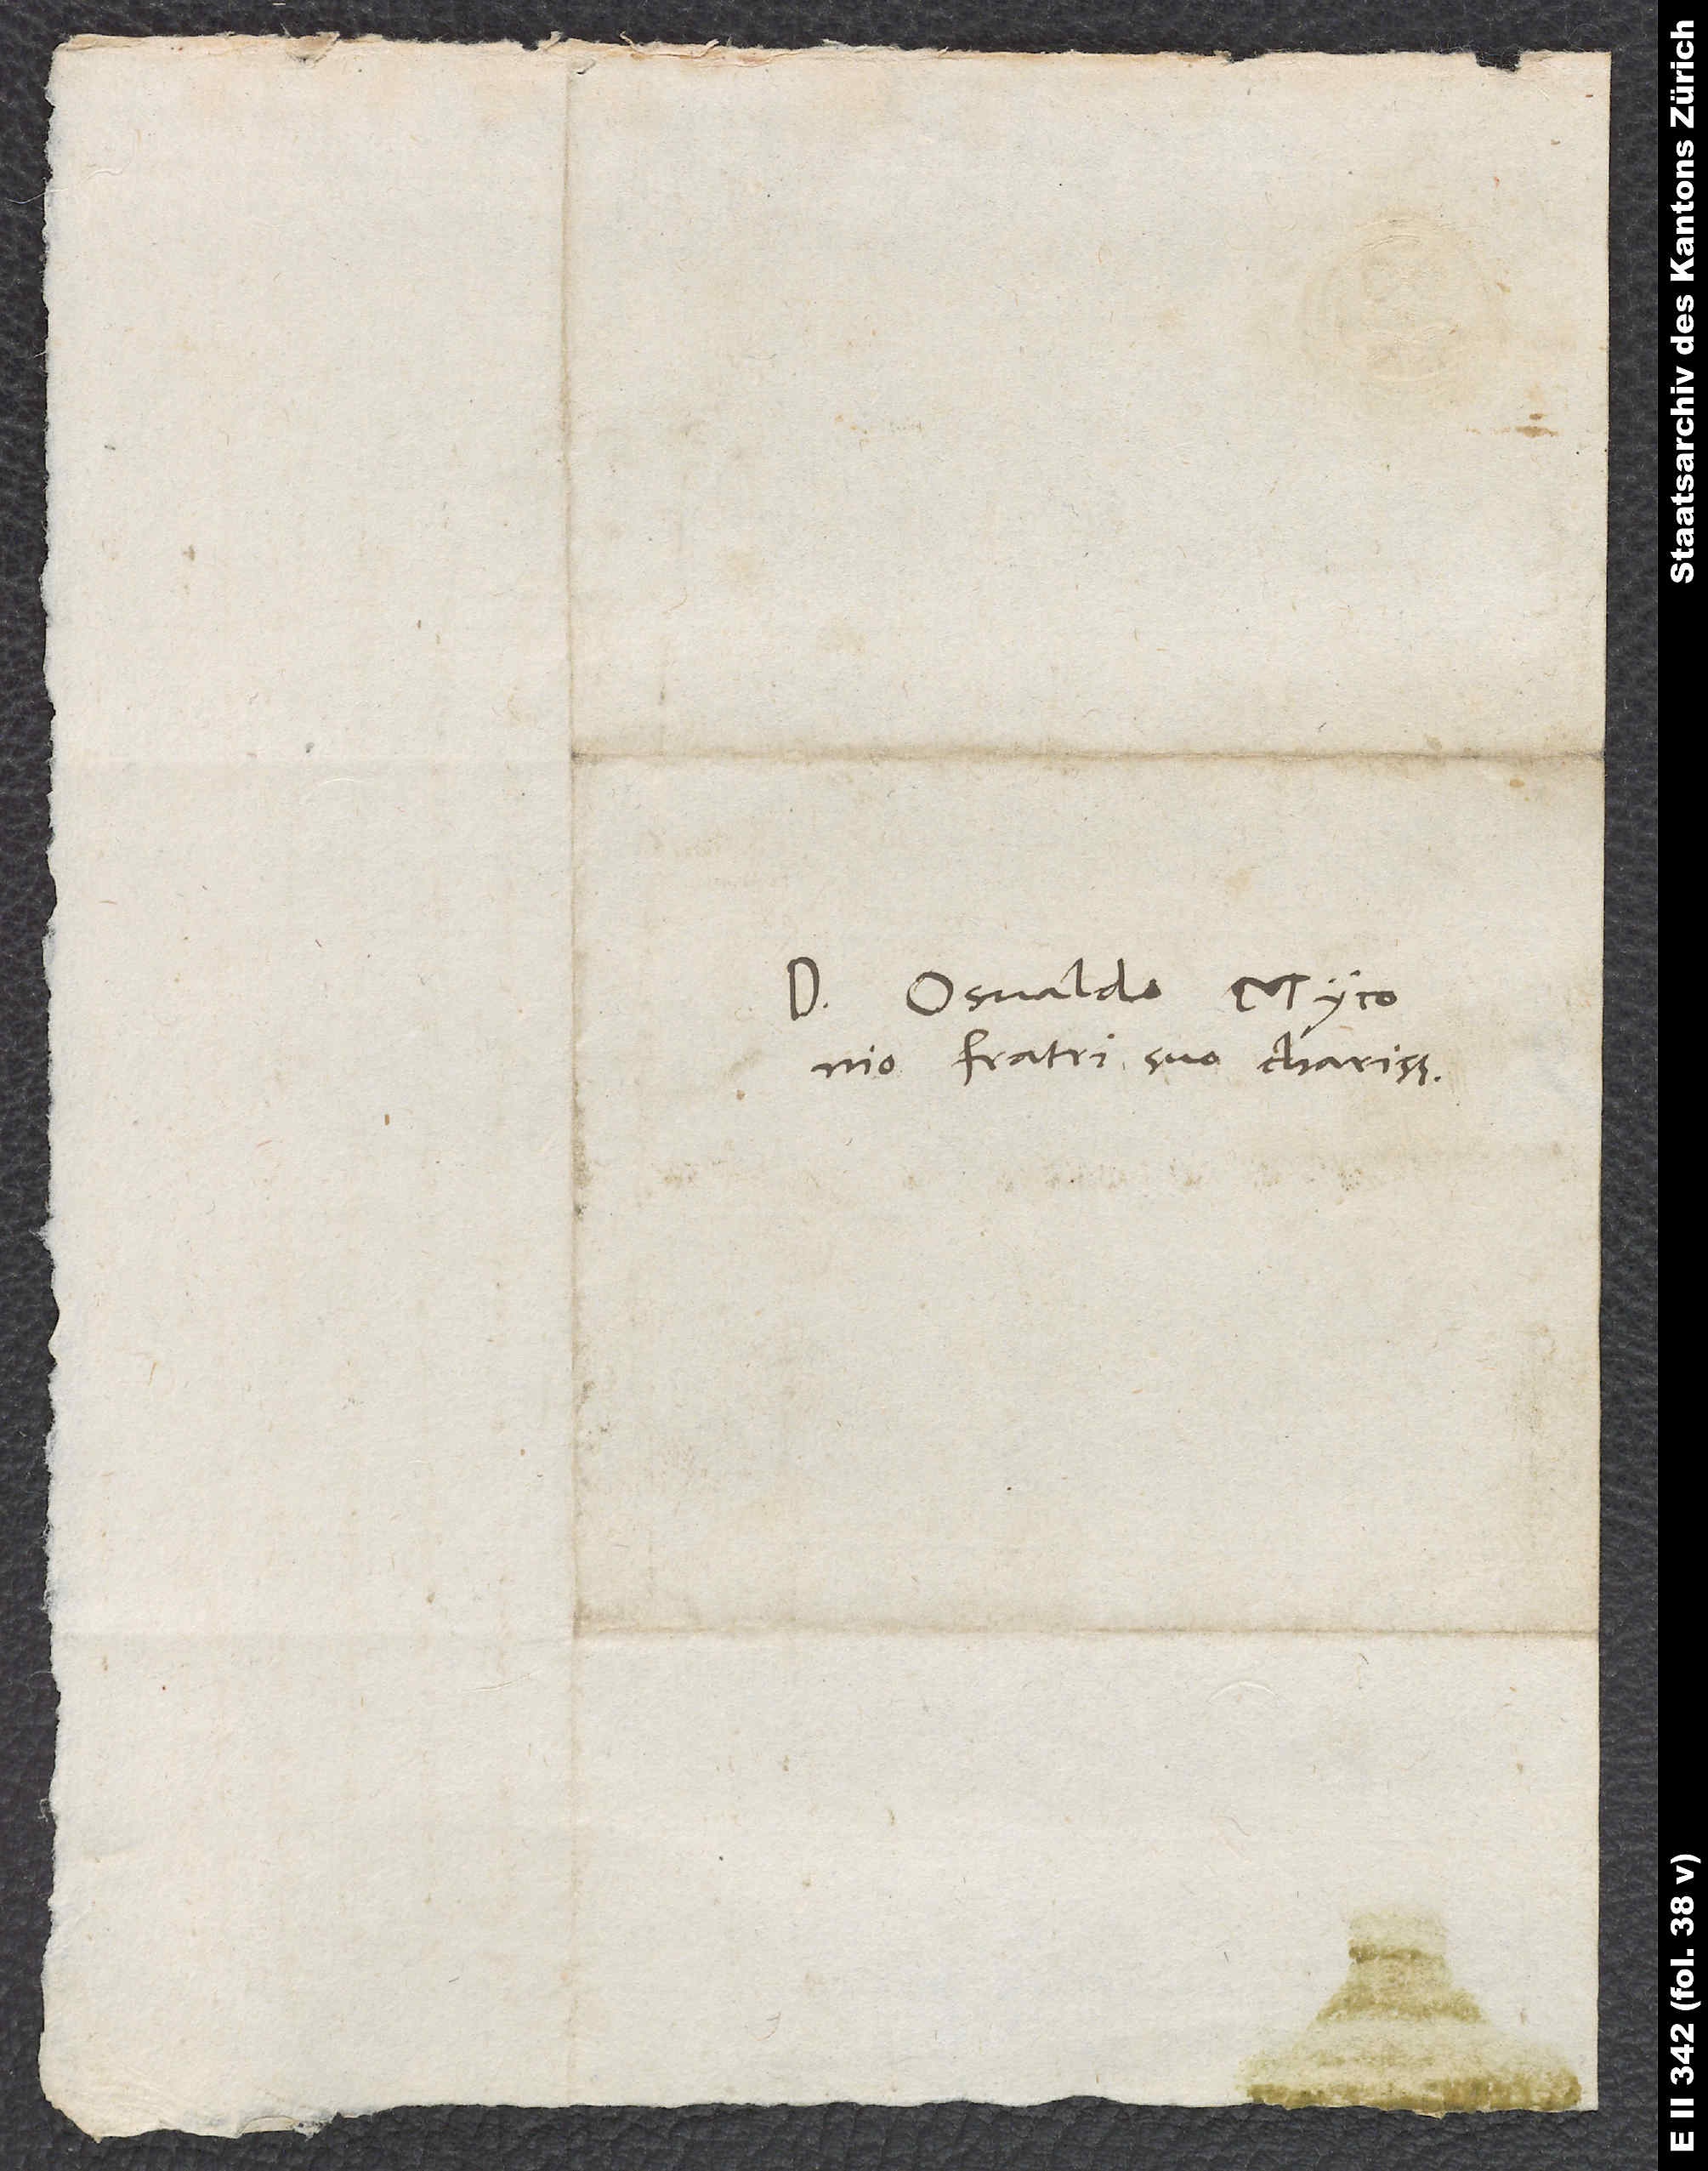
Domino Osvaldo Myconio,
fratri suo charissimo.